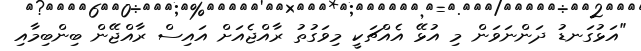
"އަޅުގަނޑު ދަންނަވަން މި އުޅޭ އެއްޗަކީ މިވަގުތު ރާއްޖެއަށް އައިސް ރާއްޖޭން ބިންބިމާއި